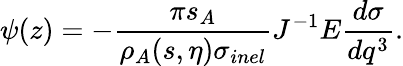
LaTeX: \psi(z)=-\frac{\pi s_{A}}{\rho_{A}(s,\eta)\sigma_{inel}}J^{-1}E\frac{d\sigma}{dq^{3}}.